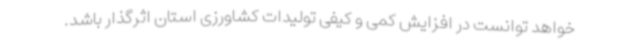
خواهد توانست در افزایش کمی و کیفی تولیدات کشاورزی استان اثرگذار باشد.